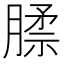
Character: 𰯊